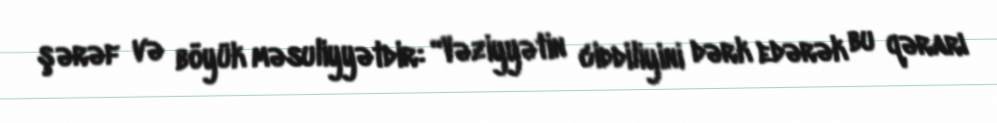
şərəf və böyük məsuliyyətdir: “Vəziyyətin ciddiliyini dərk edərək bu qərarı